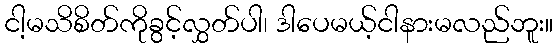
ငါ့မသိစိတ်ကိုခွင့်လွှတ်ပါ၊ ဒါပေမယ့်ငါနားမလည်ဘူး။